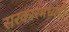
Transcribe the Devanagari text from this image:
सरकारमध्येही